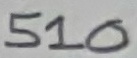
Text: 510